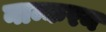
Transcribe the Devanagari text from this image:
नाम्करन